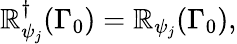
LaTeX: \mathbb{R}_{\psi_{j}}^{\dagger}(\Gamma_{0})=\mathbb{R}_{\psi_{j}}(\Gamma_{0}),